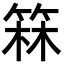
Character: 箖